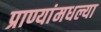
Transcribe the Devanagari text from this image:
प्राण्यांमधल्या